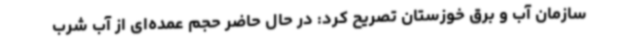
سازمان آب و برق خوزستان تصریح کرد: در حال حاضر حجم عمده‌ای از آب شرب